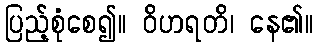
ပြည့်စုံစေ၍။ ဝိဟရတိ၊ နေ၏။